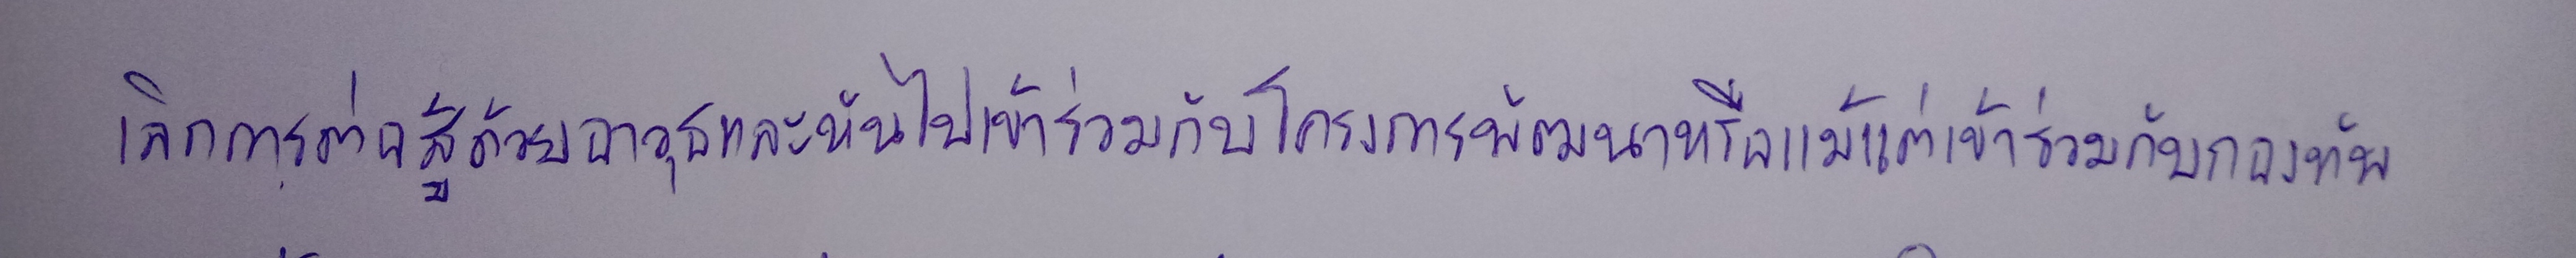
เลิกการต่อสู้ด้วยอาวุธและหันไปเข้าร่วมกับโครงการพัฒนาหรือแม้แต่เข้าร่วมกับกองทัพ